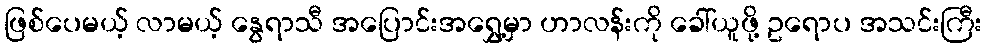
ဖြစ်ပေမယ့် လာမယ့် နွေရာသီ အပြောင်းအရွှေ့မှာ ဟာလန်းကို ခေါ်ယူဖို့ ဥရောပ အသင်းကြီး